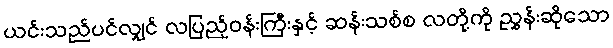
ယင်းသည်ပင်လျှင် လပြည့်ဝန်းကြီးနှင့် ဆန်းသစ်စ လတို့ကို ညွှန်းဆိုသော